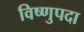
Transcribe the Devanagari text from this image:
विष्‍णुपदा